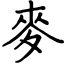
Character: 麥